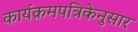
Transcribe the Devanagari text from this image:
कार्यक्रमपत्रिकेनुसार